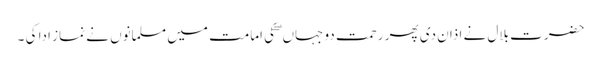
حضرت بلال نے اذان دی پھر رحمتِ دو جہاں ۖ کی امامت میں مسلمانوں نے نماز ادا کی ۔